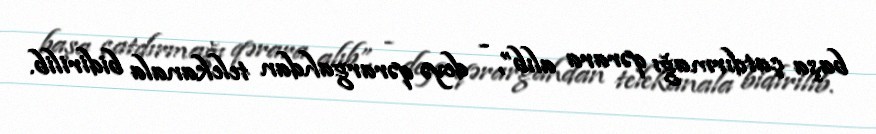
başa çatdırmağı qərara alıb”, - deyə qərargahdan telekanala bidirilib.